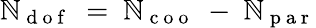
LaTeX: \mathbb{N}_{\mathrm{{~d~o~f~}}}~=~\mathbb{N}_{\mathrm{{~c~o~o~}}}~-~\mathbb{N}_{\mathrm{{~p~a~r~}}}